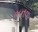
ભનવા